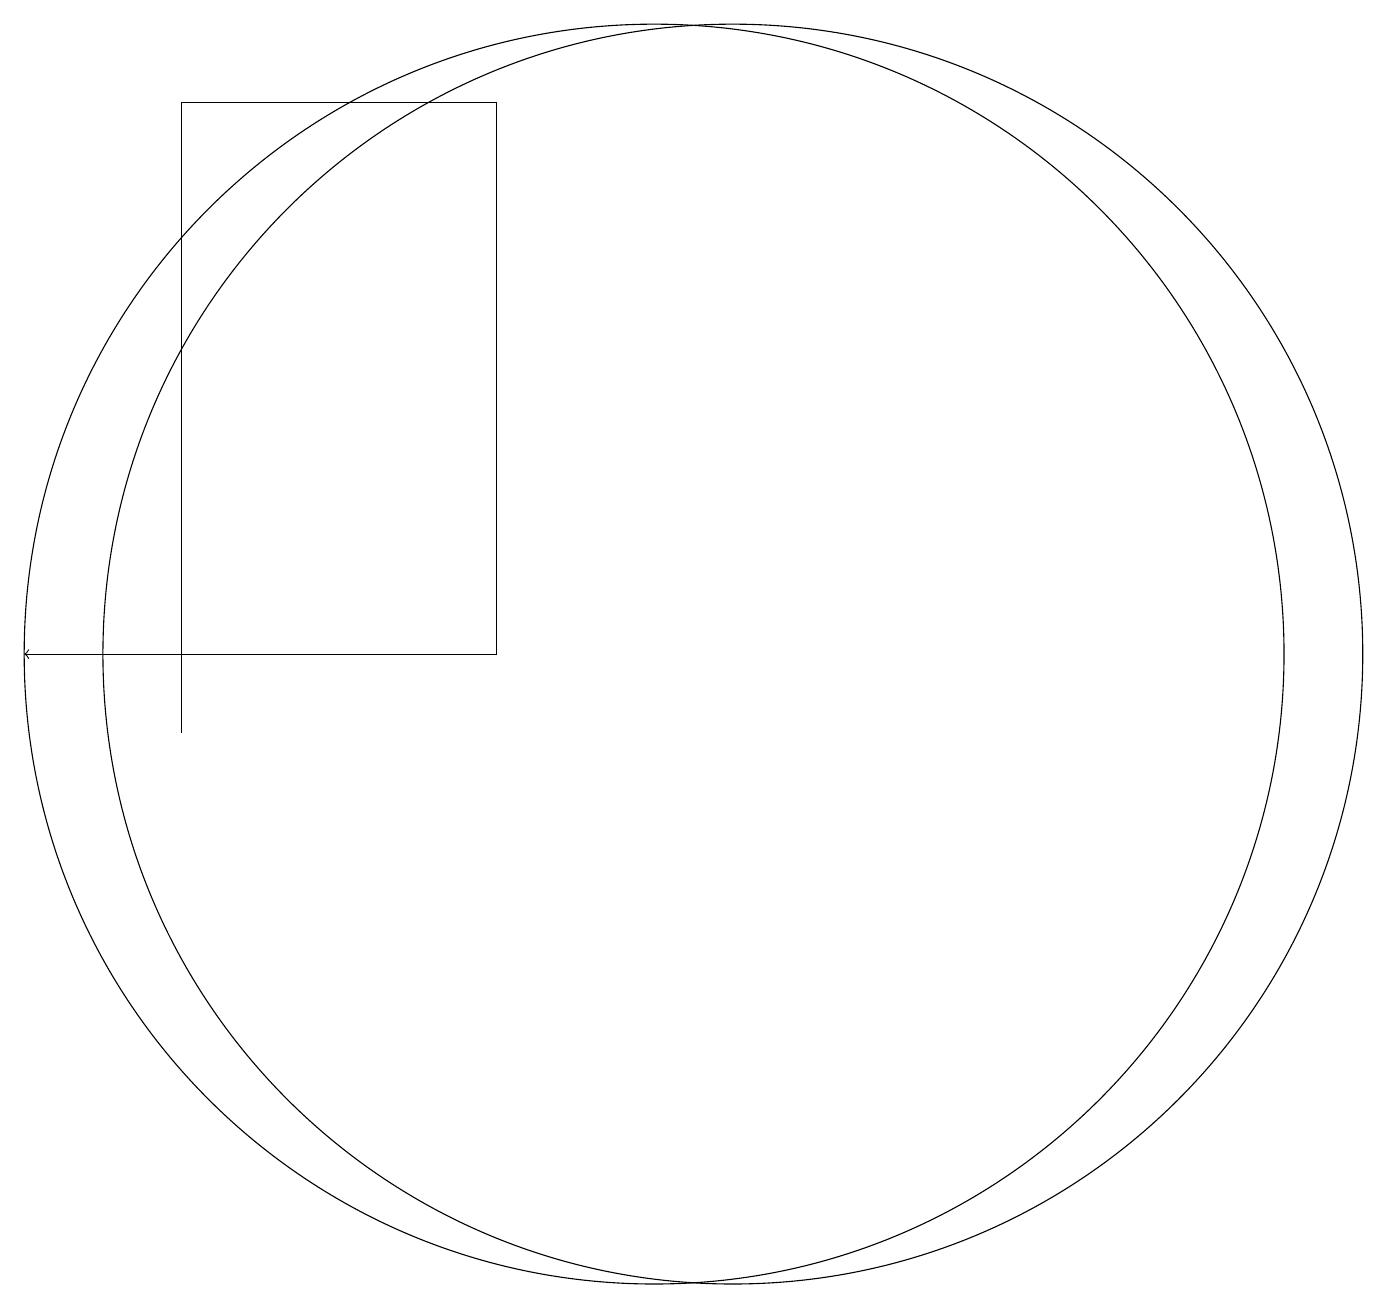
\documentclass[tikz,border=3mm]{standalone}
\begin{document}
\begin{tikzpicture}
\draw[->] (6,11) -- (3,11);
\draw (9,11) rectangle (5,18);
\draw (5,10) rectangle (5,16);
\draw (12,11) circle (8);
\draw (11,11) circle (8);
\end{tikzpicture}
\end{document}